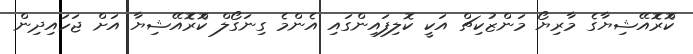
ކޮްރެޮއޭޝިޔާގެ މާރިޔޯ މަންޒުކިޗް އަކީ ކޮލިފައިންގައި އެންމެ ގިނަގޯލް ކޮްރެޮއޭޝިޔާ އަށް ޖަހައިދިން